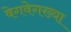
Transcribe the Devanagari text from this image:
वेगवेगख्या